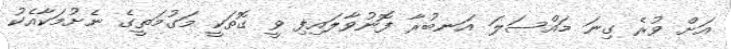
އަށް ވުރެ ގިނަ މައްސަލަ އަނބުރާ ފޮނުވާލައިފި ވީ ގޮތަކީ މަގުމަތީގެ ނެށުމަކާއެކު